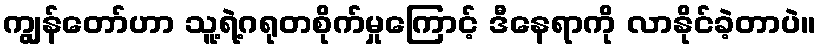
ကျွန်တော်ဟာ သူ့ရဲ့ဂရုတစိုက်မှုကြောင့် ဒီနေရာကို လာနိုင်ခဲ့တာပဲ။